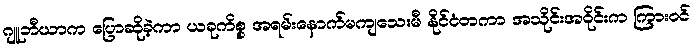
ဂျူဘီယာက ပြောဆိုခဲ့ကာ ယခုကိစ္စ အရမ်းနောက်မကျသေးမီ နိုင်ငံတကာ အသိုင်းအဝိုင်းက ကြားဝင်